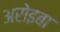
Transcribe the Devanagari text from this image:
अरोइबा